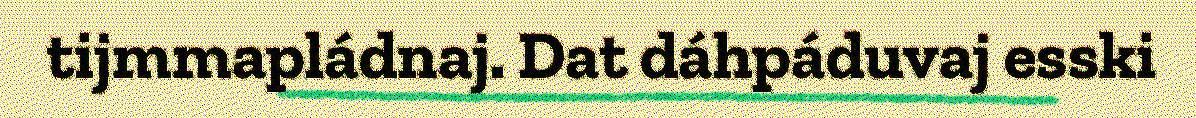
tijmmapládnaj. Dat dáhpáduvaj esski